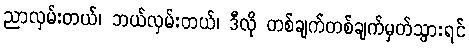
ညာလှမ်းတယ်၊ ဘယ်လှမ်းတယ်၊ ဒီလို တစ်ချက်တစ်ချက်မှတ်သွားရင်